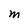
Character: M